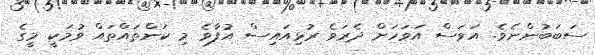
ސަބަބުންނެވެ. އަވަސް އަވަހަށް ދެރަވެ ރުޅިއައިސް އުފާވެ މި ކަންތައްތައް ވުމަކީ މީގެ